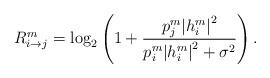
LaTeX: \begin{align*}R_{i \to j}^m = {\log _2}\left( {1 + \frac{{p_j^m{{\left| {h_i^m} \right|}^2}}}{{p_i^m{{\left| {h_i^m} \right|}^2} + \sigma^2}}} \right).\end{align*}